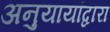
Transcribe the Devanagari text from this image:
अनुयायांद्वारा